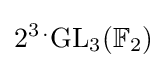
2^{3\,.}\mathrm {GL} _{3}(\mathbb {F} _{2})